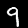
Label: 9